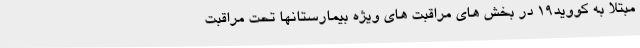
مبتلا به کووید۱۹ در بخش های مراقبت های ویژه بیمارستانها تحت مراقبت